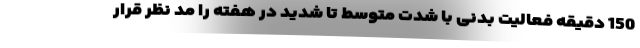
150 دقیقه فعالیت بدنی با شدت متوسط تا شدید در هفته را مد نظر قرار